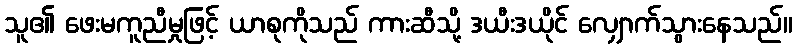
သူ၏ ဖေးမကူညီမှုဖြင့် ယာစုကိုသည် ကားဆီသို့ ဒယီးဒယိုင် လျှောက်သွားနေသည်။